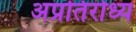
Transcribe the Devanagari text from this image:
अप्रतिरोध्य